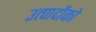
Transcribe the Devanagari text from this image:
उत्पादोंको